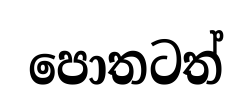
පොතටත්